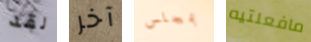
لقد آخر بمجلس مافعلتيه